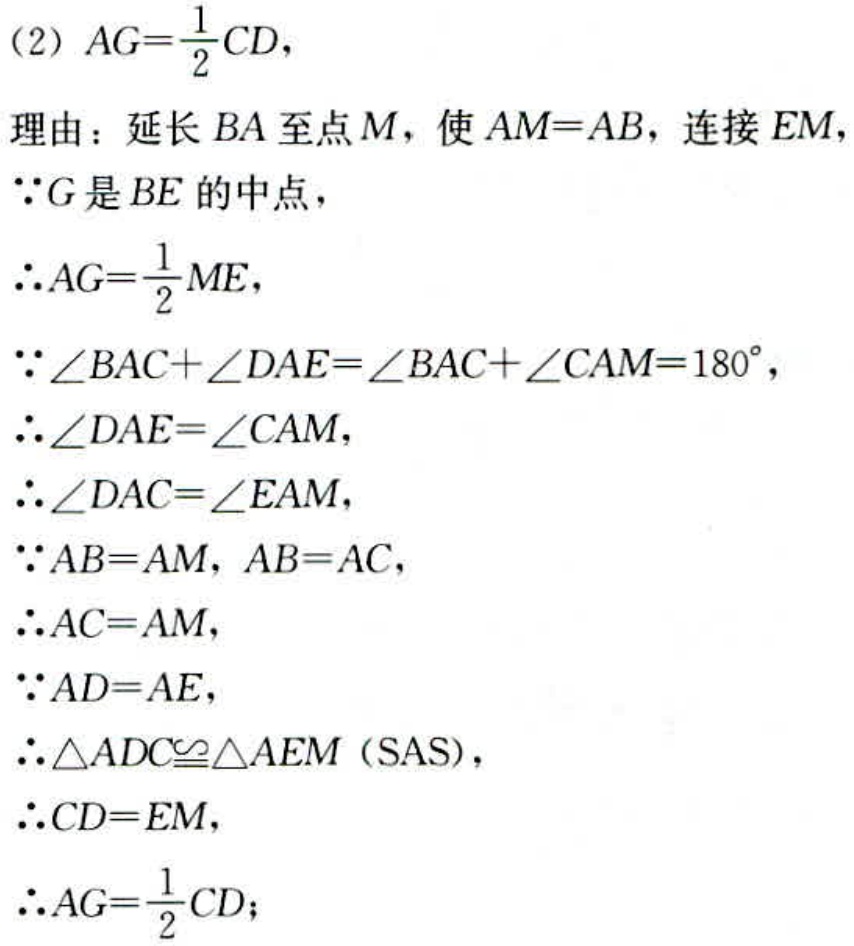
（2）$AG = \frac{1}{2}CD$，
理由：延长$BA$至点$M$，使$AM = AB$，连接$EM$，
$\because G$是$BE$的中点，
$\therefore AG=\frac{1}{2}ME$，
$\because \angle BAC+\angle DAE=\angle BAC+\angle CAM = 180^{\circ}$，
$\therefore \angle DAE=\angle CAM$，
$\therefore \angle DAC=\angle EAM$，
$\because AB = AM$，$AB = AC$，
$\therefore AC = AM$，
$\because AD = AE$，
$\therefore \triangle ADC\cong\triangle AEM$（SAS），
$\therefore CD = EM$，
$\therefore AG=\frac{1}{2}CD$；
$\therefore AG=\frac{1}{2}CD$；